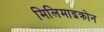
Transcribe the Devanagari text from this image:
मिलिमाइक्रोन